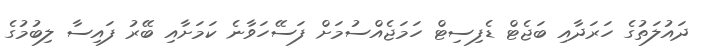
ދައުލަތުގެ ހަރަދާއި ބަޖެޓް ޑެފިސިޓް ހަމަޖެއްސުމަށް ފަސޭހަވާނެ ކަމަށާއި ބޭރު ފައިސާ ލިބުމުގެ